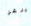
بيرغر